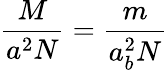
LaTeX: {\frac{M}{a^{2}N}}={\frac{m}{a_{b}^{2}N}}